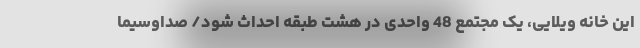
این خانه ویلایی، یک مجتمع 48 واحدی در هشت طبقه احداث شود/ صداوسیما